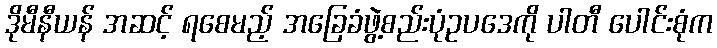
ဒိုမီနီယန် အဆင့် ရစေမည့် အခြေခံဖွဲ့စည်းပုံဥပဒေကို ပါတီ ပေါင်းစုံက